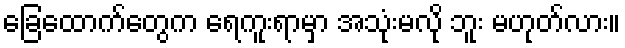
ခြေထောက်တွေက ရေကူးရာမှာ အသုံးမလို ဘူး မဟုတ်လား။